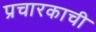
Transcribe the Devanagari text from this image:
प्रचारकाची